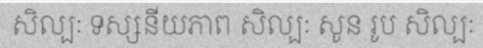
សិល្បៈ ទស្សនីយភាព សិល្បៈ សូន រូប សិល្បៈ